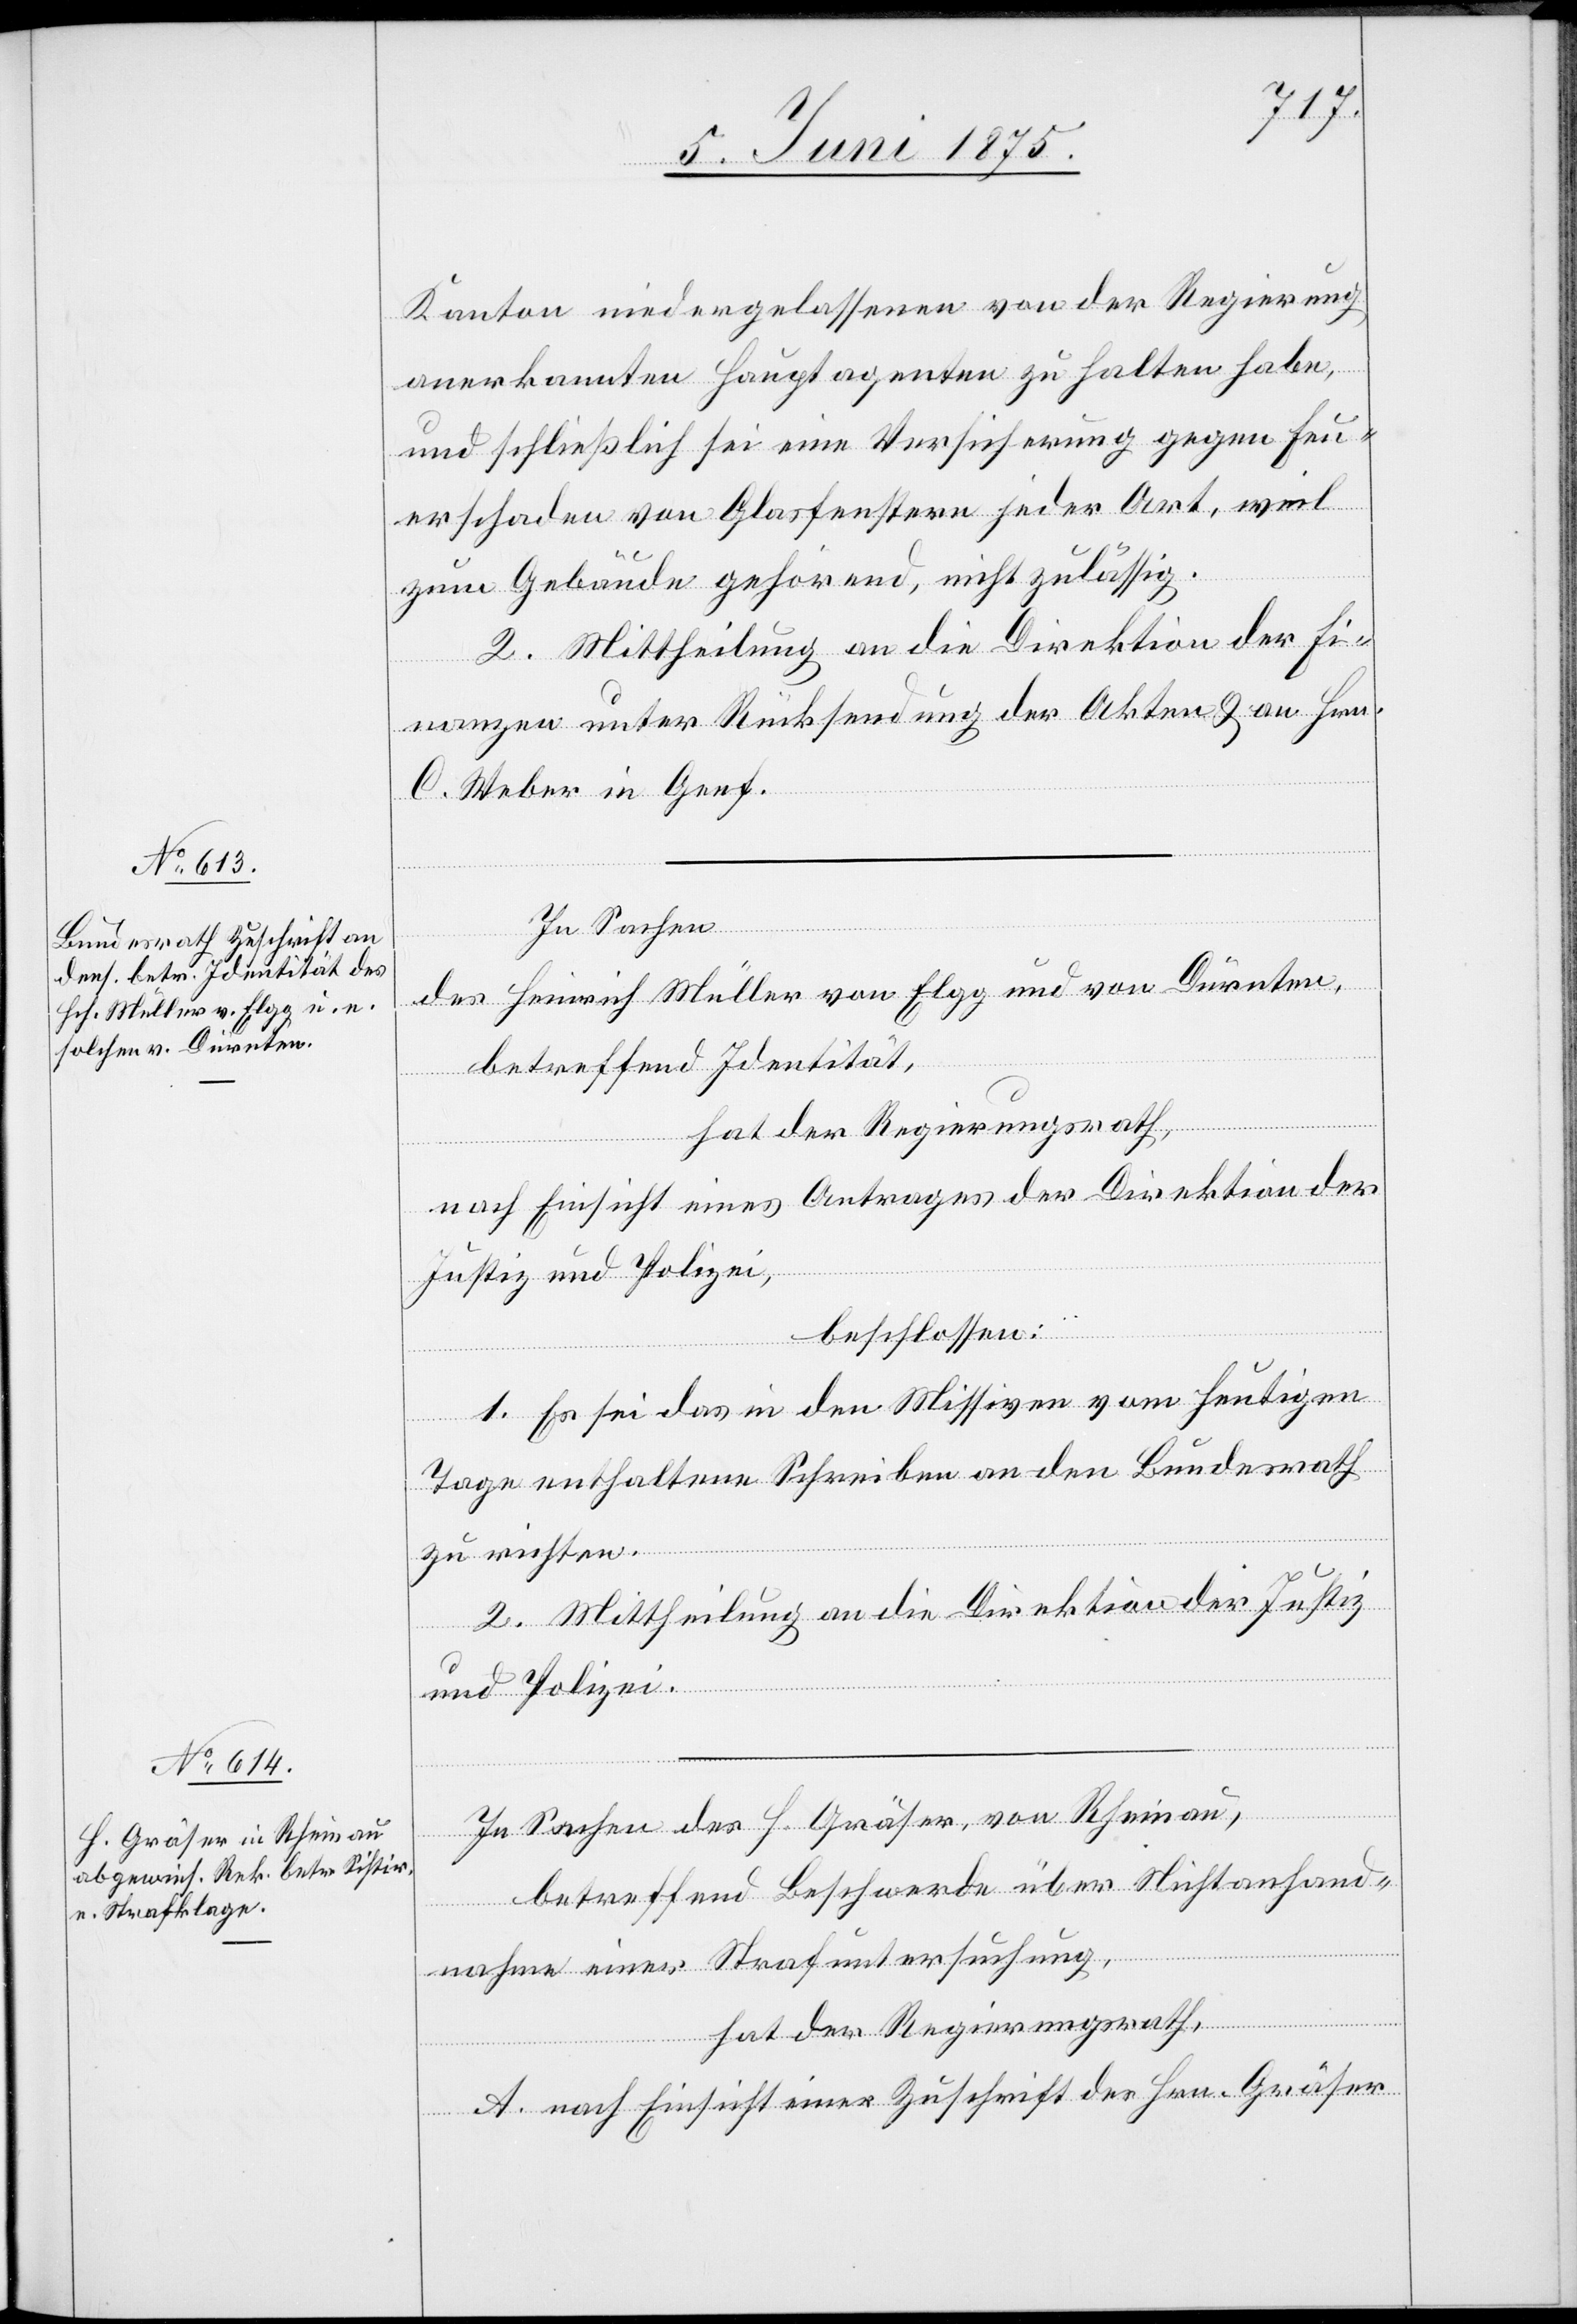
Kanton niedergelassenen von der Regierung
anerkannten Hauptagenten zu halten habe,
und schließlich sei eine Versicherung gegen Feu¬
erschaden von Glasfenstern jeder Art, weil
zum Gebäude gehörend, nicht zulässig.
2. Mittheilung an die Direktion der Fi¬
nanzen unter Rücksendung der Akten & an Hrn.
C. Weber in Genf.
In Sachen
des Heinrich Müller von Elgg und von Dürnten,
betreffend Identität,
hat der Regierungsrath,
nach Einsicht eines Antrages der Direktion der
Justiz und Polizei,
beschlossen:
1. Es sei in den Missiven vom heutigen
Tage enthaltene Schreiben an den Bundesrath
zu richten.
2. Mittheilung an die Direktion der Justiz
und Polizei.
In Sachen des H. Gräser, von Rheinau,
betreffend Beschwerde über Nichtanhand¬
nahme einer Strafuntersuchung,
hat der Regierungsrath,
A. nach Einsicht einer Zuschrift des Hrn. Gräser